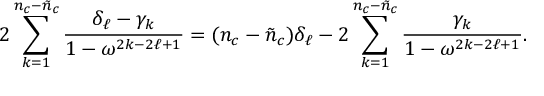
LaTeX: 2 \sum _ { k = 1 } ^ { n _ { c } - \tilde { n } _ { c } } \frac { \delta _ { \ell } - \gamma _ { k } } { 1 - \omega ^ { 2 k - 2 \ell + 1 } } = ( n _ { c } - \tilde { n } _ { c } ) \delta _ { \ell } - 2 \sum _ { k = 1 } ^ { n _ { c } - \tilde { n } _ { c } } \frac { \gamma _ { k } } { 1 - \omega ^ { 2 k - 2 \ell + 1 } } .